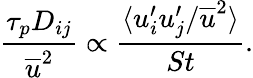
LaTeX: \frac{\tau_{p}D_{ij}}{\overline{{u}}^{2}}\propto\frac{\langle u_{i}^{\prime}u_{j}^{\prime}/\overline{{u}}^{2}\rangle}{St}.